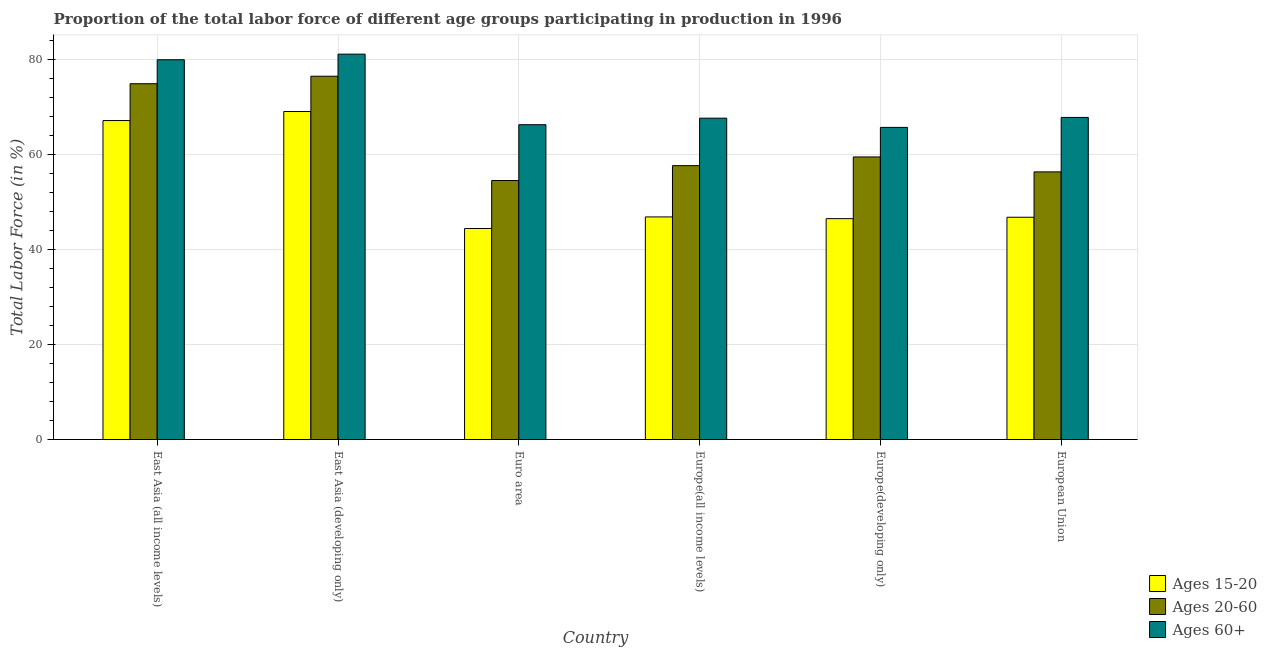
| Country | Ages 15-20 | Ages 20-60 | Ages 60+ |
 | --- | --- | --- | --- |
 | East Asia (all income levels) | 67.1 | 74.8 | 79.9 |
 | East Asia (developing only) | 69 | 76.4 | 81.1 |
 | Euro area | 44.4 | 54.5 | 66.2 |
 | Europe(all income levels) | 46.8 | 57.6 | 67.6 |
 | Europe(developing only) | 46.5 | 59.4 | 65.6 |
 | European Union | 46.8 | 56.3 | 67.7 |